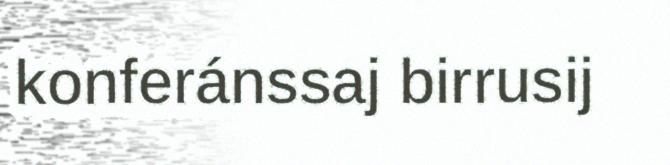
konferánssaj birrusij